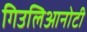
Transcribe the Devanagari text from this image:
गिउलिआनोटी